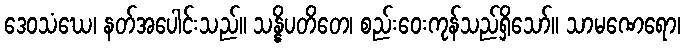
ဒေဝသံဃေ၊ နတ်အပေါင်းသည်။ သန္နိပတိတေ၊ စည်းဝေးကုန်သည်ရှိသော်။ သာမဏေရော၊